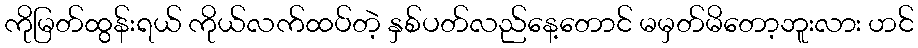
ကိုမြတ်ထွန်းရယ် ကိုယ်လက်ထပ်တဲ့ နှစ်ပတ်လည်နေ့တောင် မမှတ်မိတော့ဘူးလား ဟင်